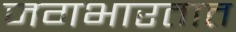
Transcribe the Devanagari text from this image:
जगभारतात